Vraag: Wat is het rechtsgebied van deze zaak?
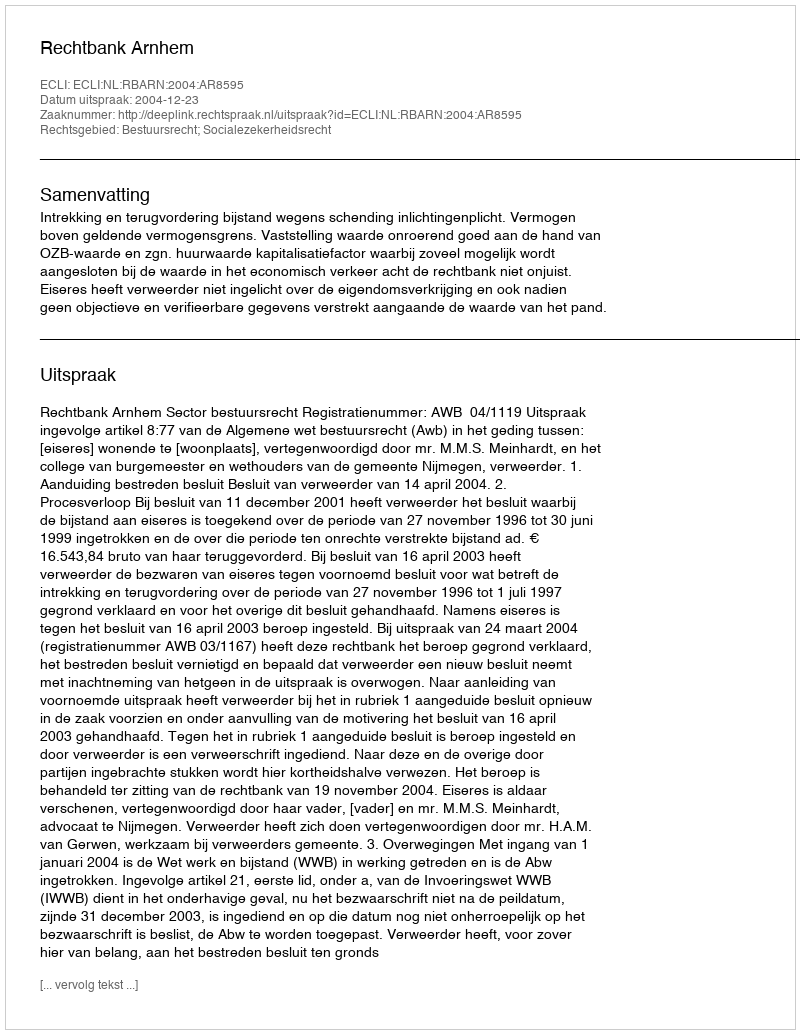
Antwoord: Bestuursrecht; Socialezekerheidsrecht